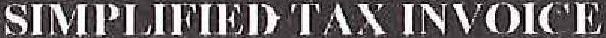
SIMPLIFIED TAX INVOICE